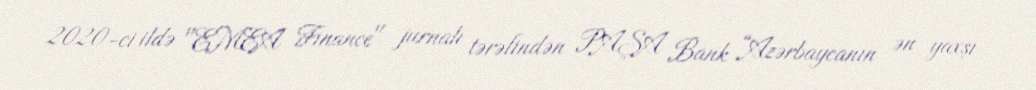
2020-ci ildə "EMEA Finance" jurnalı tərəfindən PAŞA Bank “Azərbaycanın ən yaxşı